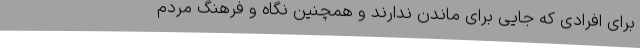
برای افرادی که جایی برای ماندن ندارند و همچنین نگاه و فرهنگ مردم